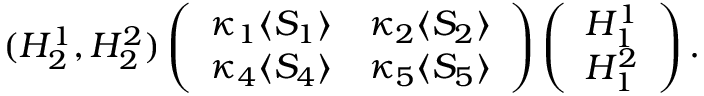
( H _ { 2 } ^ { 1 } , H _ { 2 } ^ { 2 } ) \left( \begin{array} { c c } { { \kappa _ { 1 } \langle S _ { 1 } \rangle } } & { { \kappa _ { 2 } \langle S _ { 2 } \rangle } } \\ { { \kappa _ { 4 } \langle S _ { 4 } \rangle } } & { { \kappa _ { 5 } \langle S _ { 5 } \rangle } } \end{array} \right) \left( \begin{array} { c } { { H _ { 1 } ^ { 1 } } } \\ { { H _ { 1 } ^ { 2 } } } \end{array} \right) .